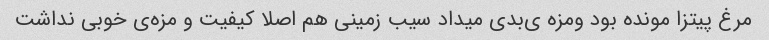
مرغ پیتزا مونده بود ومزه ی‌بدی میداد سیب زمینی هم اصلا کیفیت و مزه‌ی خوبی نداشت